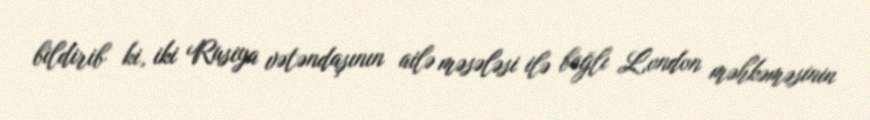
bildirib ki, iki Rusiya vətəndaşının ailə məsələsi ilə bağlı London məhkəməsinin